Report of the Imperial Institute of Veterinary Research, Muktesar
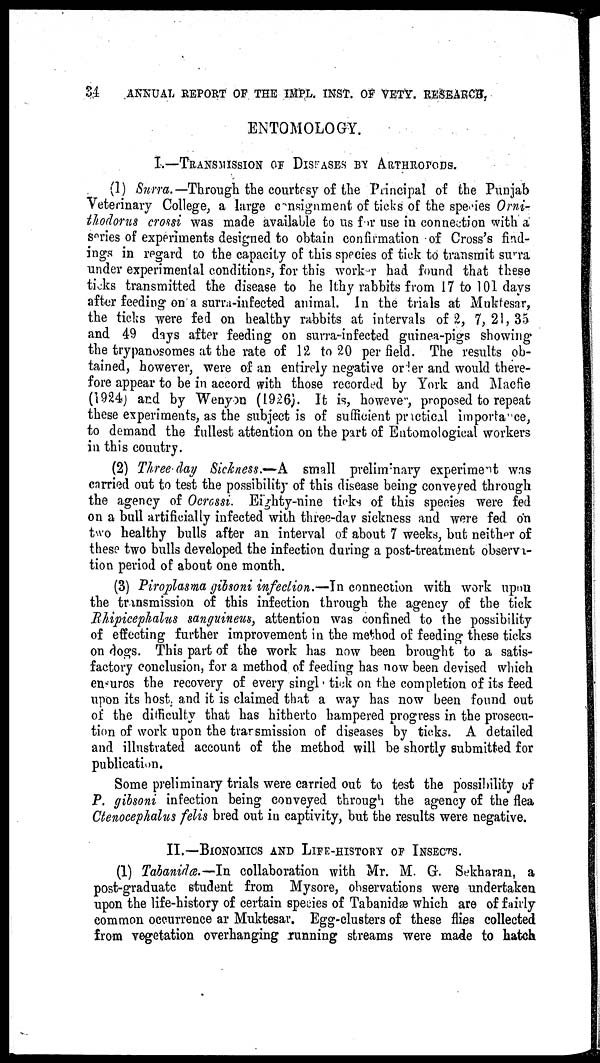
34
ANNUAL REPORT OF THE IMPL. INST. OF VETY. RESEARCH,
ENTOMOLOGY.
I.—TRANSMISSION OF DISEASES BY ARTHROPODS.
(1) Surra.— Through the courtesy of the Principal of the Punjab
Veterinary College, a large consignment of ticks of the species Orni-
thodorus crossi was made available to us for use in connection with a
series of experiments designed to obtain confirmation of Cross's find-
ings in regard to the capacity of this species of tick to transmit surra
under experimental conditions, for this worker had found that these
ticks transmitted the disease to healthy rabbits from 17 to 101 days
after feeding on a surra-infected animal. In the trials at Muktesar,
the ticks were fed on healthy rabbits at intervals of 2, 7, 21, 35
and 49 days after feeding on surra-infected guinea-pigs showing
the trypanosomes at the rate of 12 to 20 per field. The results ob-
tained, however, were of an entirely negative order and would there-
fore appear to be in accord with those recorded by York and Macfie
(1924) and by Wenyon (1926). It is, however, proposed to repeat
these experiments, as the subject is of sufficient practical importance,
to demand the fullest attention on the part of Entomological workers
in this country.
(2) Three day Sickness.—A small preliminary experiment was
carried out to test the possibility of this disease being conveyed through
the agency of Ocrossi. Eighty-nine ticks of this species were fed
on a bull artificially infected with three-day sickness and were fed on
two healthy bulls after an interval of about 7 weeks, but neither of
these two bulls developed the infection during a post-treatment observa-
tion period of about one month.
(3) Piroplasma gibsoni infection.—In connection with work upon
the transmission of this infection through the agency of the tick
Rhipicephalus sanguineus, attention was confined to the possibility
of effecting further improvement in the method of feeding these ticks
on dogs. This part of the work has now been brought to a satis-
factory conclusion, for a method of feeding has now been devised which
ensures the recovery of every singl tick on the completion of its feed
upon its host, and it is claimed that a way has now been found out
of the difficulty that has hitherto hampered progress in the prosecu-
tion of work upon the transmission of diseases by ticks. A detailed
and illustrated account of the method will be shortly submitted for
publication.
Some preliminary trials were carried out to test the possibility of
P. gibsoni infection being conveyed through the agency of the flea
Ctenocephalus felis bred out in captivity, but the results were negative.
II.—BIONOMICS AND LIFE-HISTORY OF INSECTS.
(1) Tabanidæ.—In collaboration with Mr. M. G. Sekharan, a
post-graduate student from Mysore, observations were undertaken
upon the life-history of certain species of Tabanidæ which are of fairly
common occurrence ar Muktesar. Egg-clusters of these flies collected
from vegetation overhanging running streams were made to hatch